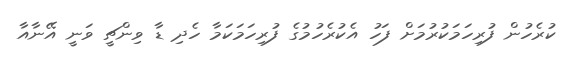
ކުރެހުން ފުރިހަމަކުރުމަށް ފަހު އެކުރެހުމުގެ ފުރިހަމަކަމާ ހެދި ޑާ ވިންޗީ ވަނީ އޭނާއާ